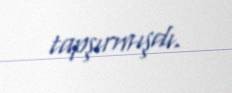
tapşırmışdı.